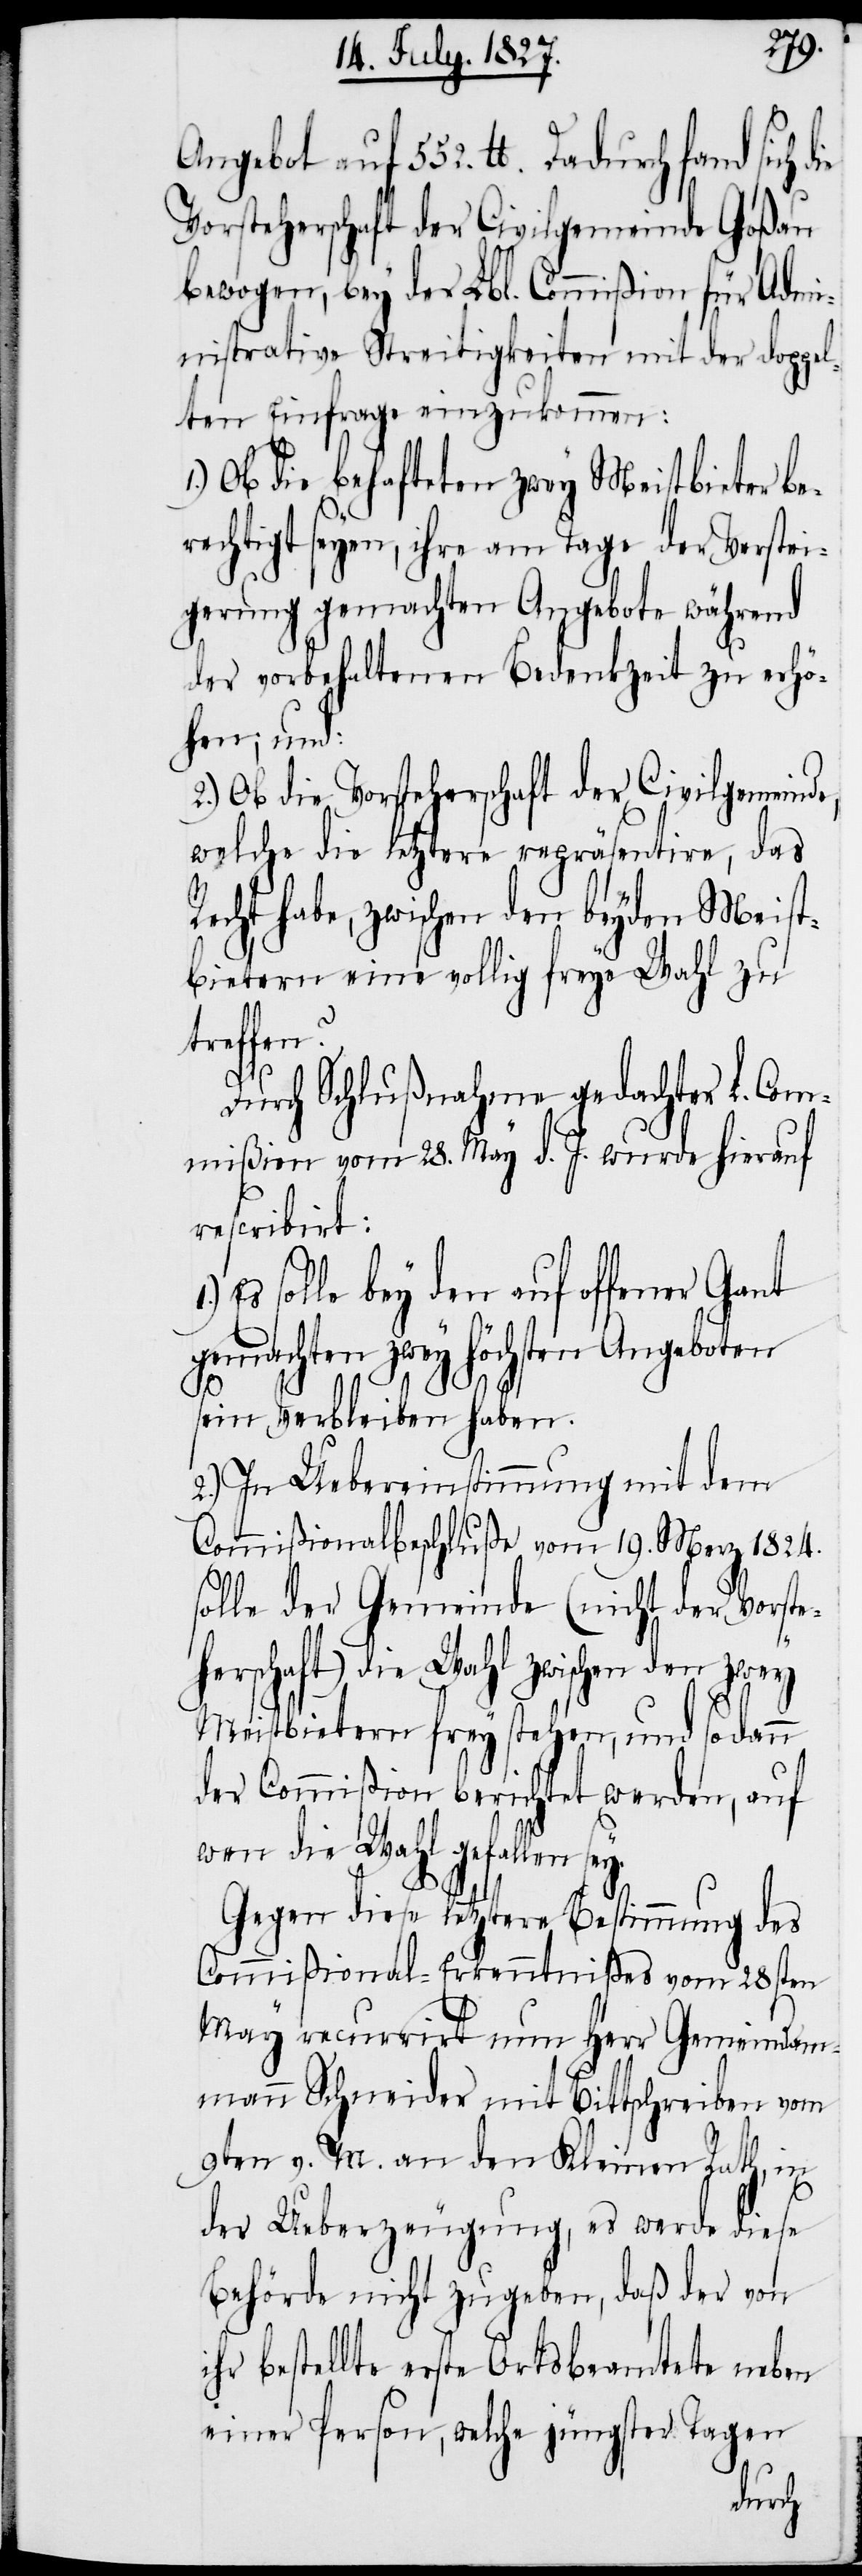
Angebot auf 552. lb. Dadurch fand sich
Vorsteherschaft der Civilgemeinde Goßau
bewogen, bey der Lbl. Commißion für Admi¬
nistrative Streitigkeiten mit der doppel¬
ten Einfrage einzukommen:
1.) Ob die behafteten zwey Meistbieter be¬
rechtigt seyen, ihre am Tage der Verstei¬
gerung gemachten Angebote während
der vorbehaltenen Bedenkzeit zu erhö¬
hen; und:
2.) Ob die Vorsteherschaft der Civilgemeind¬
welche die letztere repräsentire, das
Recht habe, zwischen den beyden Meist¬
bietern eine vollig freye Wahl zu
treffen?
i¬
Durch Schlußnahme gedachter L. Com¬
mißion vom 28. May d. J. wurde hierauf
rescribirt:
Es solle bey den auf offener Gant
gemachten zwey höchsten Angeboten
sein Verbleiben haben.
2.) In Uebereinstimmung mit dem
Commißionalbeschluße vom 19. Merz 1824.
solle der Gemeinde (nicht der Vorste¬
herschaft) die Wahl zwischen den zwey
Meistbietern frey stehen, und sodann
der Commißion berichtet werden, auf
wen die Wahl gefallen
Gegen diese letztere Bestimmung des
Commißional-Erkenntnißes vom 28sten
May recurrirt nun Herr Gemeindam¬
mann Schneider mit Bittschreiben vom
9ten v. M. an den Kleinen Rath, in
der Ueberzeugung, es werde diese
Behörde nicht zugeben, daß der von
hr bestellte erste Ortsbeamtete neben
einer Person, welche jüngster Tagen